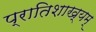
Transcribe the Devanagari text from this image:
प्रातिशाख्यम्